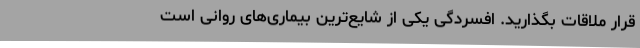
قرار ملاقات بگذارید. افسردگی یکی از شایع‌ترین بیماری‌های روانی است